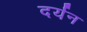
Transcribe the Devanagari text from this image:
दर्यन